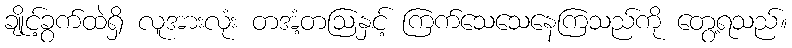
ချိုင့်ခွက်ထဲရှိ လူအားလုံး တအံ့တဩနှင့် ကြက်သေသေနေကြသည်ကို တွေ့ရသည်။